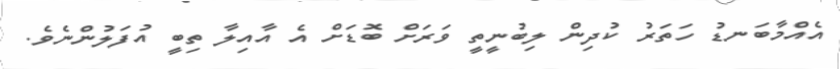
އެއްމާބަނޑު ހަތަރު ކުދިން ލިބުނީތީ ވަރަށް ބޮޑަށް އެ އާއިލާ ތިބީ އުފަލުންނެވެ.